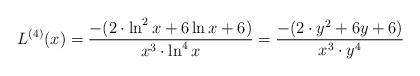
LaTeX: \begin{align*} L^{(4)}(x)=\frac{-(2\cdot {\ln^2 x}+6 \ln x +6)}{x^3\cdot \ln^4 x} = \frac{-(2\cdot y^2 + 6y +6)}{x^3\cdot y^4} \end{align*}